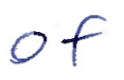
Text: of
Cross-out: clean
Writing tool: ballpoint